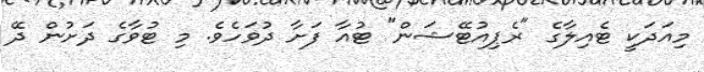
މިއަދަކީ ޓެއިލާގެ "ރެޕިއުޓޭޝަން" ޓުއާ ފަށާ ދުވަހެވެ. މި ޓުވާގެ ދަށުން ދޭ